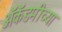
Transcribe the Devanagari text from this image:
अॅकॅडमीच्या